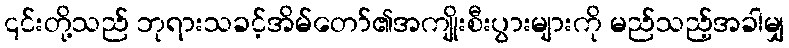
၎င်းတို့သည် ဘုရားသခင့်အိမ်တော်၏အကျိုးစီးပွားများကို မည်သည့်အခါမျှ